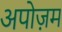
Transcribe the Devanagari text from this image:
अपोज़म